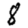
Digit: 8